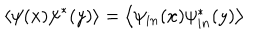
\left\langle \psi ( x ) \psi ^ { \ast } ( y ) \right\rangle = \left\langle \psi _ { i n } ( x ) \psi _ { i n } ^ { \ast } ( y ) \right\rangle